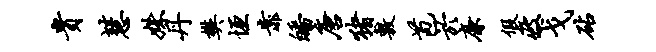
贵慧姝丹樊垣靠皤唐猪敷苞於廉假疲戈砧